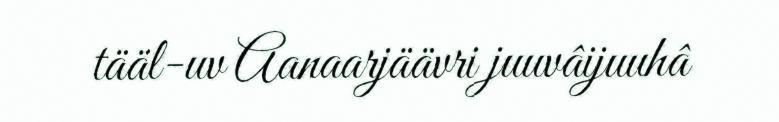
tääl-uv Aanaarjäävri juuvâijuuhâ